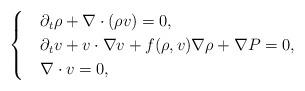
LaTeX: \begin{align*}\begin{cases}& \partial_{t}\rho + \nabla \cdot (\rho v) = 0, \\& \partial_{t}{v}+{v} \cdot \nabla {v} + f(\rho, v) \nabla \rho+ \nabla {P}=0, \\& \nabla \cdot v = 0,\end{cases}\end{align*}